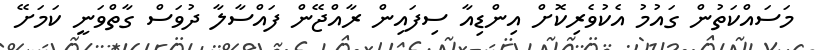
މަސައްކަތުން ގައުމު އެކުވެރިކޮށް އިންޑިއާ ސިފައިން ރާއްޖޭން ފައްސާލާ ދުވަސް ގާތްވަނީ ކަމަށޭ